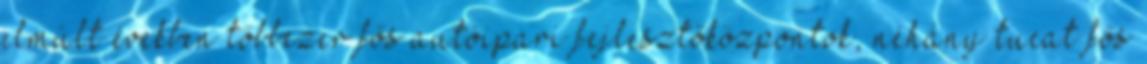
elmúlt években többezer fős autóipari fejlesztőközpontok, néhány tucat fős